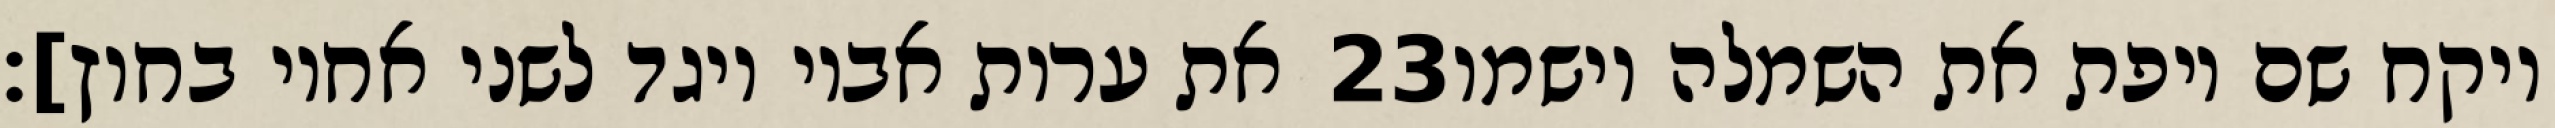
את ערות אביו ויגד לשני אחיו בחוץ]׃ ‎23‏ ויקח שם ויפת את השמלה וישמו